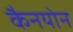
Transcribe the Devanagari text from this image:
कैनयोन